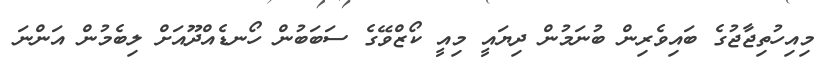
މިއިހުތިޖާޖުގެ ބައިވެރިން ބުނަމުން ދިޔައީ މިއީ ކޯޒްވޭގެ ސަބަބުން ހޯނޑެއްދޫއަށް ލިބެމުން އަންނަ